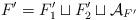
LaTeX: \begin{align*}F' = F_1' \sqcup F_2' \sqcup \mathcal{A}_{F'}\end{align*}